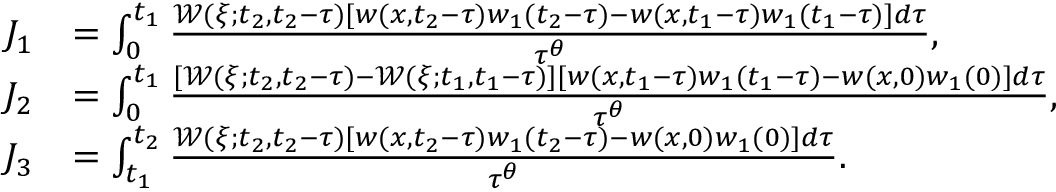
\begin{array} { r l } { J _ { 1 } } & { = \int _ { 0 } ^ { t _ { 1 } } \frac { \mathcal { W } ( \xi ; t _ { 2 } , t _ { 2 } - \tau ) [ w ( x , t _ { 2 } - \tau ) w _ { 1 } ( t _ { 2 } - \tau ) - w ( x , t _ { 1 } - \tau ) w _ { 1 } ( t _ { 1 } - \tau ) ] d \tau } { \tau ^ { \theta } } , } \\ { J _ { 2 } } & { = \int _ { 0 } ^ { t _ { 1 } } \frac { [ \mathcal { W } ( \xi ; t _ { 2 } , t _ { 2 } - \tau ) - \mathcal { W } ( \xi ; t _ { 1 } , t _ { 1 } - \tau ) ] [ w ( x , t _ { 1 } - \tau ) w _ { 1 } ( t _ { 1 } - \tau ) - w ( x , 0 ) w _ { 1 } ( 0 ) ] d \tau } { \tau ^ { \theta } } , } \\ { J _ { 3 } } & { = \int _ { t _ { 1 } } ^ { t _ { 2 } } \frac { \mathcal { W } ( \xi ; t _ { 2 } , t _ { 2 } - \tau ) [ w ( x , t _ { 2 } - \tau ) w _ { 1 } ( t _ { 2 } - \tau ) - w ( x , 0 ) w _ { 1 } ( 0 ) ] d \tau } { \tau ^ { \theta } } . } \end{array}